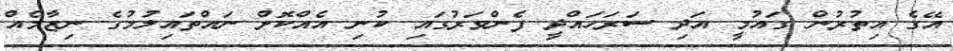
އޭގެ އިތުރުން ގައުމީ އަދި ސަރަަހައްދީ ފެންވަރުގައި ކުނި އެއްކޮށް ނައްތައިލުމުގެ ނިޒާމެއް